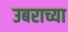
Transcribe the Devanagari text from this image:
उबराच्या